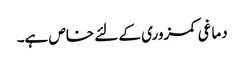
دماغی کمزوری کے لئے خاص ہے۔